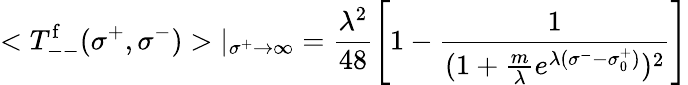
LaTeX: <T_{--}^{\mathrm{f}}(\sigma^{+},\sigma^{-})>|_{\sigma^{+}\rightarrow\infty}=\frac{\lambda^{2}}{48}\left[1-\frac{1}{(1+\frac{m}{\lambda}e^{\lambda(\sigma^{-}-\sigma_{0}^{+})})^{2}}\right]